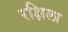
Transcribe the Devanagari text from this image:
रक्षिला